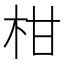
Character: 柑